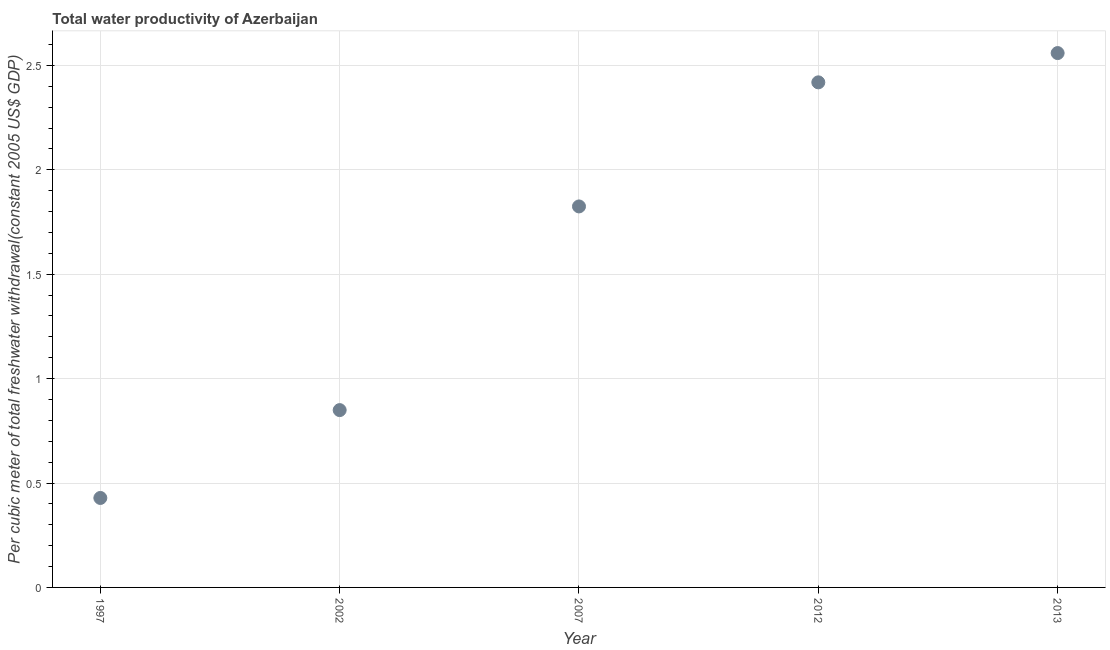
| Year | Water productivity |
 | --- | --- |
 | 1997 | 0.428 |
 | 2002 | 0.849 |
 | 2007 | 1.82 |
 | 2012 | 2.42 |
 | 2013 | 2.56 |